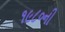
૧૯૮૦ની